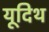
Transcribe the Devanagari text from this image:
यूदिथ